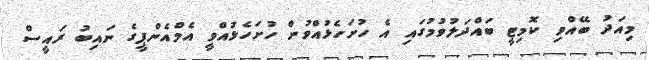
މިއަދު ބޭއްވި ކޮމިޓީ ބައްދަލުވުމުގައި އެ ހުށަހެޅުއްވުން ހުށަހެޅުއްވީ އެމްއެންޕީގެ ނައިބު ރައީސް